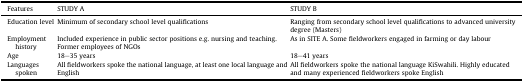
| Features | STUDY A | STUDY B |
 | --- | --- | --- |
 | Education level | Minimum of secondary school level qualifications | Ranging from secondary school level qualifications to advanced university degree (Masters) |
 | Employment history | Included experience in public sector positions e.g. nursing and teaching. Former employees of NGOs | As in SITE A. Some fieldworkers engaged in farming or day labour |
 | Age | 18–35 years | 18–41 years |
 | Languages spoken | All fieldworkers spoke the national language, at least one local language and English | All fieldworkers spoke the national language KiSwahili. Highly educated and many experienced fieldworkers spoke English |